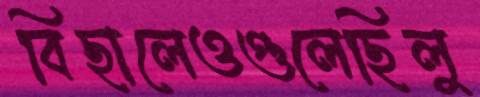
বিছালেওগুলেছিলু